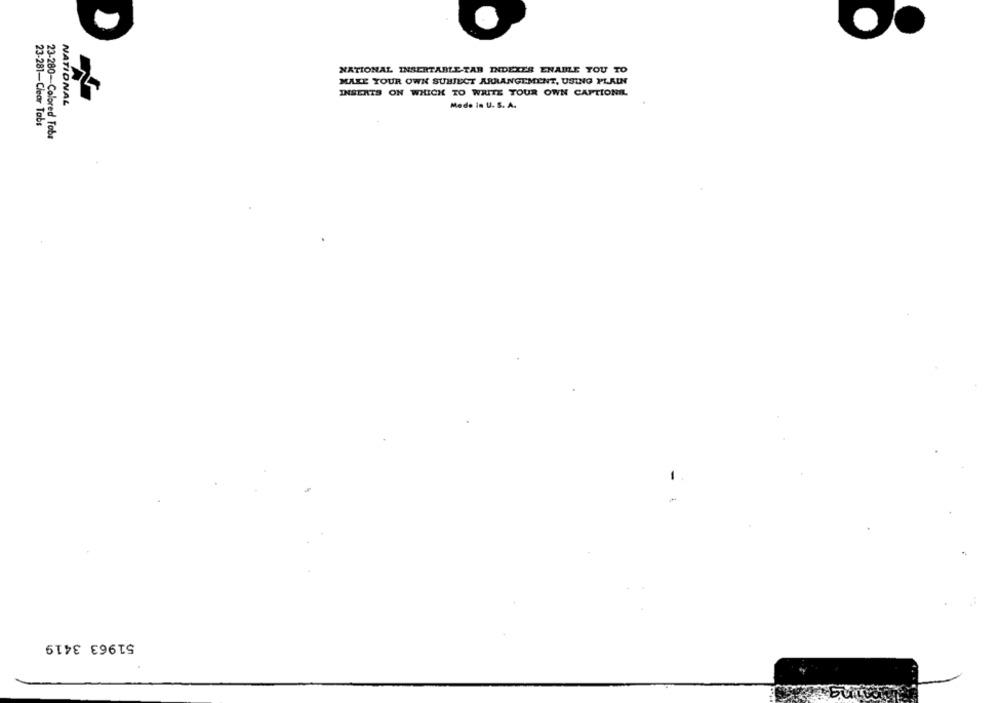
NATIONAL INSERTABLE-TAR INDEXES ENABLE YOU TO
MAKE YOUR OWN SUBJECT ARRANGEMENT, USING PLAIN
INBERTS ON WHICH TO WRITE YOUR OWN CAPTIONIL
NATIONAL
Mede in U. S. A.
23-281-Clear Tabs
23-280-Colored Tobe
51963 3419